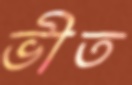
ভীত